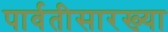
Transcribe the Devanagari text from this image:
पार्वतीसारख्या